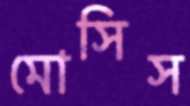
মোসিস